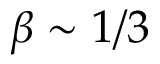
\beta \sim 1 / 3